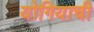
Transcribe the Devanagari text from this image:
योगियाची